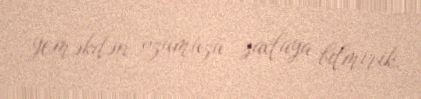
yeməkdən özümüzü saxlaya bilmirik.